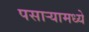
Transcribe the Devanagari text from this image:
पसार्‍यामध्ये